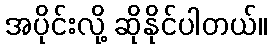
အပိုင်းလို့ ဆိုနိုင်ပါတယ်။